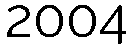
2004